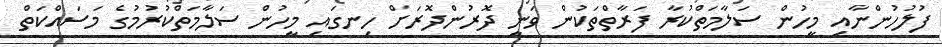
ފުލުހުންނާއި މީހުން ސަލާމަތްކުރާ ފަރާތްތަކުން ވަނީ ދޮރުންދޮރަށް ހިނގައި މީހުން ސަލާމަތްކުރުމުގެ މަސައްކަތް